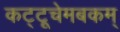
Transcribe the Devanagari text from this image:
कट्टूचेमबकम्